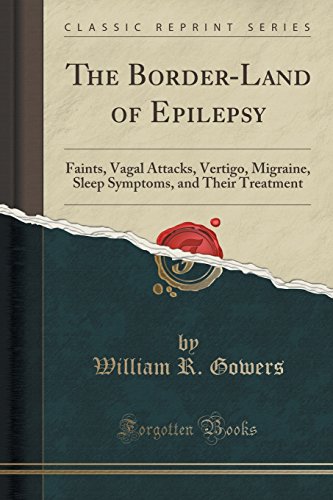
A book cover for The Border-Land of Epilepsy: Faints, Vagal Attacks, Vertigo, Migraine, Sleep Symptoms, and Their Treatment (Classic Reprint); William R. Gowers; Health, Fitness & Dieting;